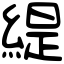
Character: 緹